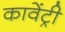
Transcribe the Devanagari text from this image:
कावेंट्री